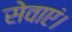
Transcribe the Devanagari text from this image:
सेवाएं।